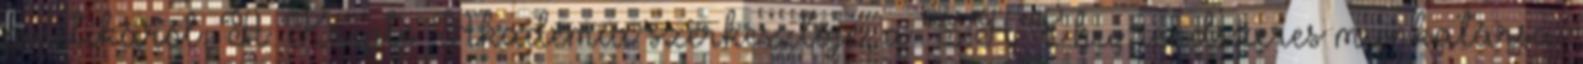
politikáról. A Kripto Akadémia szerkesztője, a SHE.hu rendszeres munkatársa.